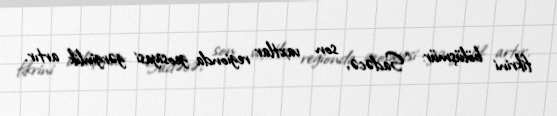
fikrini bölüşmür: “Sadəcə, son vaxtlar regionda geosiyasi gərginlik artır.